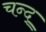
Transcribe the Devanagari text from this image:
चन्द्